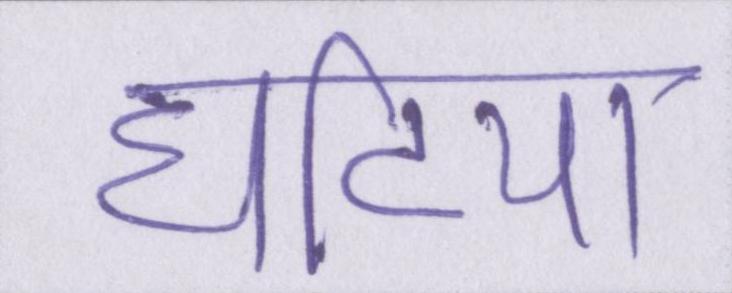
घटिया